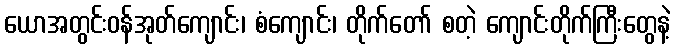
ယောအတွင်းဝန်အုတ်ကျောင်း၊ စံကျောင်း၊ တိုက်တော် စတဲ့ ကျောင်းတိုက်ကြီးတွေနဲ့